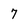
Character: 7